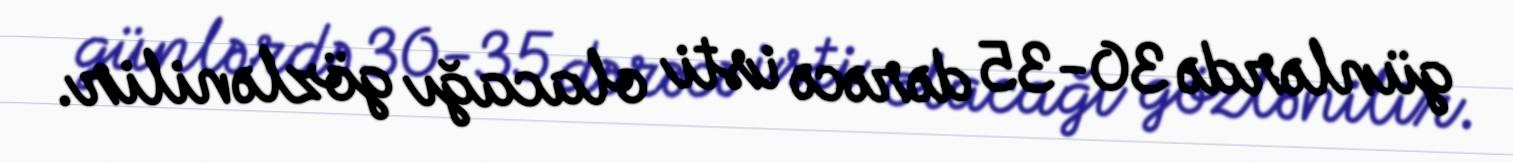
günlərdə 30-35 dərəcə isti olacağı gözlənilir.